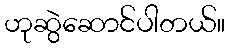
ဟုဆွဲဆောင်ပါတယ်။